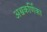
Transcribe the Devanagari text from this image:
अश्वकर्णिका